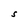
Character: S